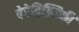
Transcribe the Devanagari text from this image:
पेरेद्विझ्निकी